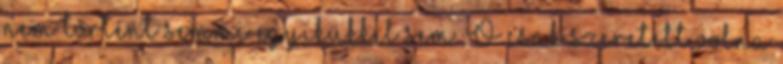
nem történt semmi egyikükkel sem. Ő csak szeretett volna